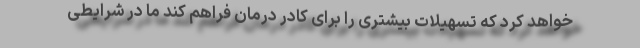
خواهد کرد که تسهیلات بیشتری را برای کادر درمان فراهم کند ما در شرایطی